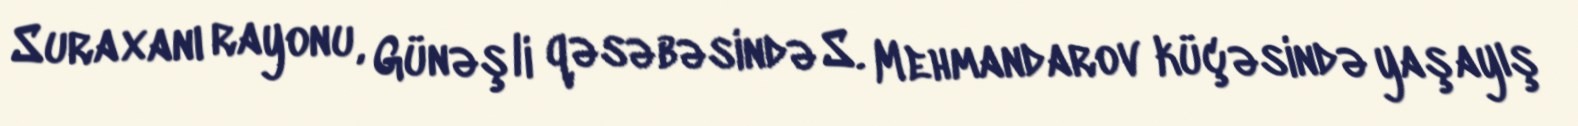
Suraxanı rayonu, Günəşli qəsəbəsində S. Mehmandarov küçəsində yaşayış